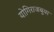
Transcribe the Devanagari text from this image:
योगिराजबुवा